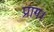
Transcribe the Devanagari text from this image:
प्राग।